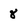
Character: 8